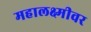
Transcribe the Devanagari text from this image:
महालक्ष्मीवर